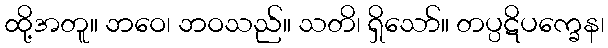
ထို့အတူ။ ဘဝေ၊ ဘဝသည်။ သတိ၊ ရှိသော်။ တပ္ပဋိပက္ခေန၊